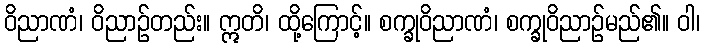
ဝိညာဏံ၊ ဝိညာဉ်တည်း။ ဣတိ၊ ထို့ကြောင့်။ စက္ခုဝိညာဏံ၊ စက္ခုဝိညာဉ်မည်၏။ ဝါ၊